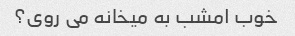
خوب امشب به میخانه می روی؟